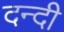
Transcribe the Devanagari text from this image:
दन्दी